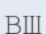
ВШ